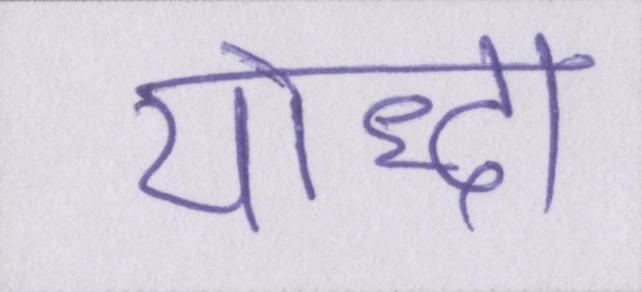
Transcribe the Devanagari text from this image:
योद्धा